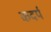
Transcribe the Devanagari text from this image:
कदर्प